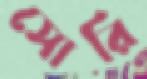
সোরি